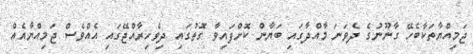
ޖަމިއްޔާތަކާބެހޭ ގާނޫނުގެ ދެވަނަ މާއްދާގައި ބަޔާން ކޮށްފައިވާ ގޮތުގައި ދިވެހިރާއްޖޭގައި އެއްވެސް ޖަމިއްޔާއެއް